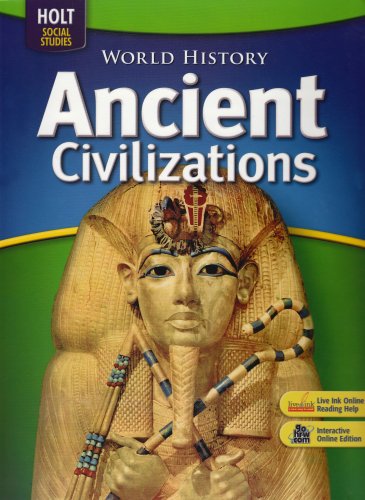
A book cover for World History: Ancient Civilizations: Student Edition 2008; RINEHART AND WINSTON HOLT; Children's Books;